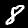
Label: 8